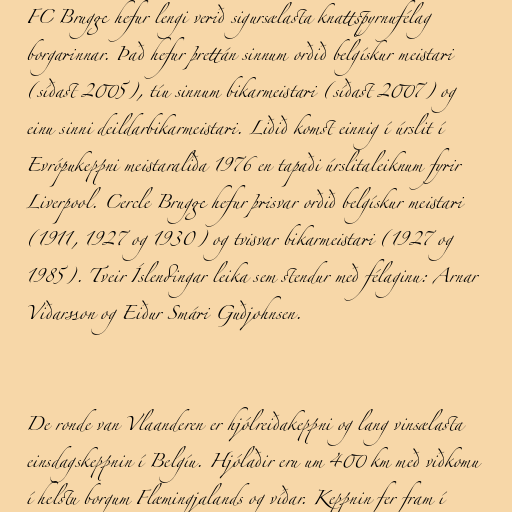
FC Brugge hefur lengi verið sigursælasta knattspyrnufélag
borgarinnar. Það hefur þrettán sinnum orðið belgískur meistari
(síðast 2005), tíu sinnum bikarmeistari (síðast 2007) og
einu sinni deildarbikarmeistari. Liðið komst einnig í úrslit í
Evrópukeppni meistaraliða 1976 en tapaði úrslitaleiknum fyrir
Liverpool. Cercle Brugge hefur þrisvar orðið belgískur meistari
(1911, 1927 og 1930) og tvisvar bikarmeistari (1927 og
1985). Tveir Íslendingar leika sem stendur með félaginu: Arnar
Viðarsson og Eiður Smári Guðjohnsen.

De ronde van Vlaanderen er hjólreiðakeppni og lang vinsælasta
einsdagskeppnin í Belgíu. Hjólaðir eru um 400 km með viðkomu
í helstu borgum Flæmingjalands og víðar. Keppnin fer fram í